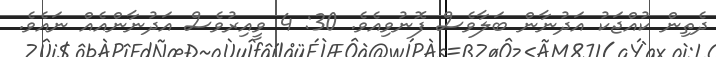
ދެތިން ކުއްޖަކު އަދުނާން ބަލާވެސް ފޮނުވިއެވެ. 30: 4 ވީއިރުވެސް އަދުނާންއެއް ނައެވެ.